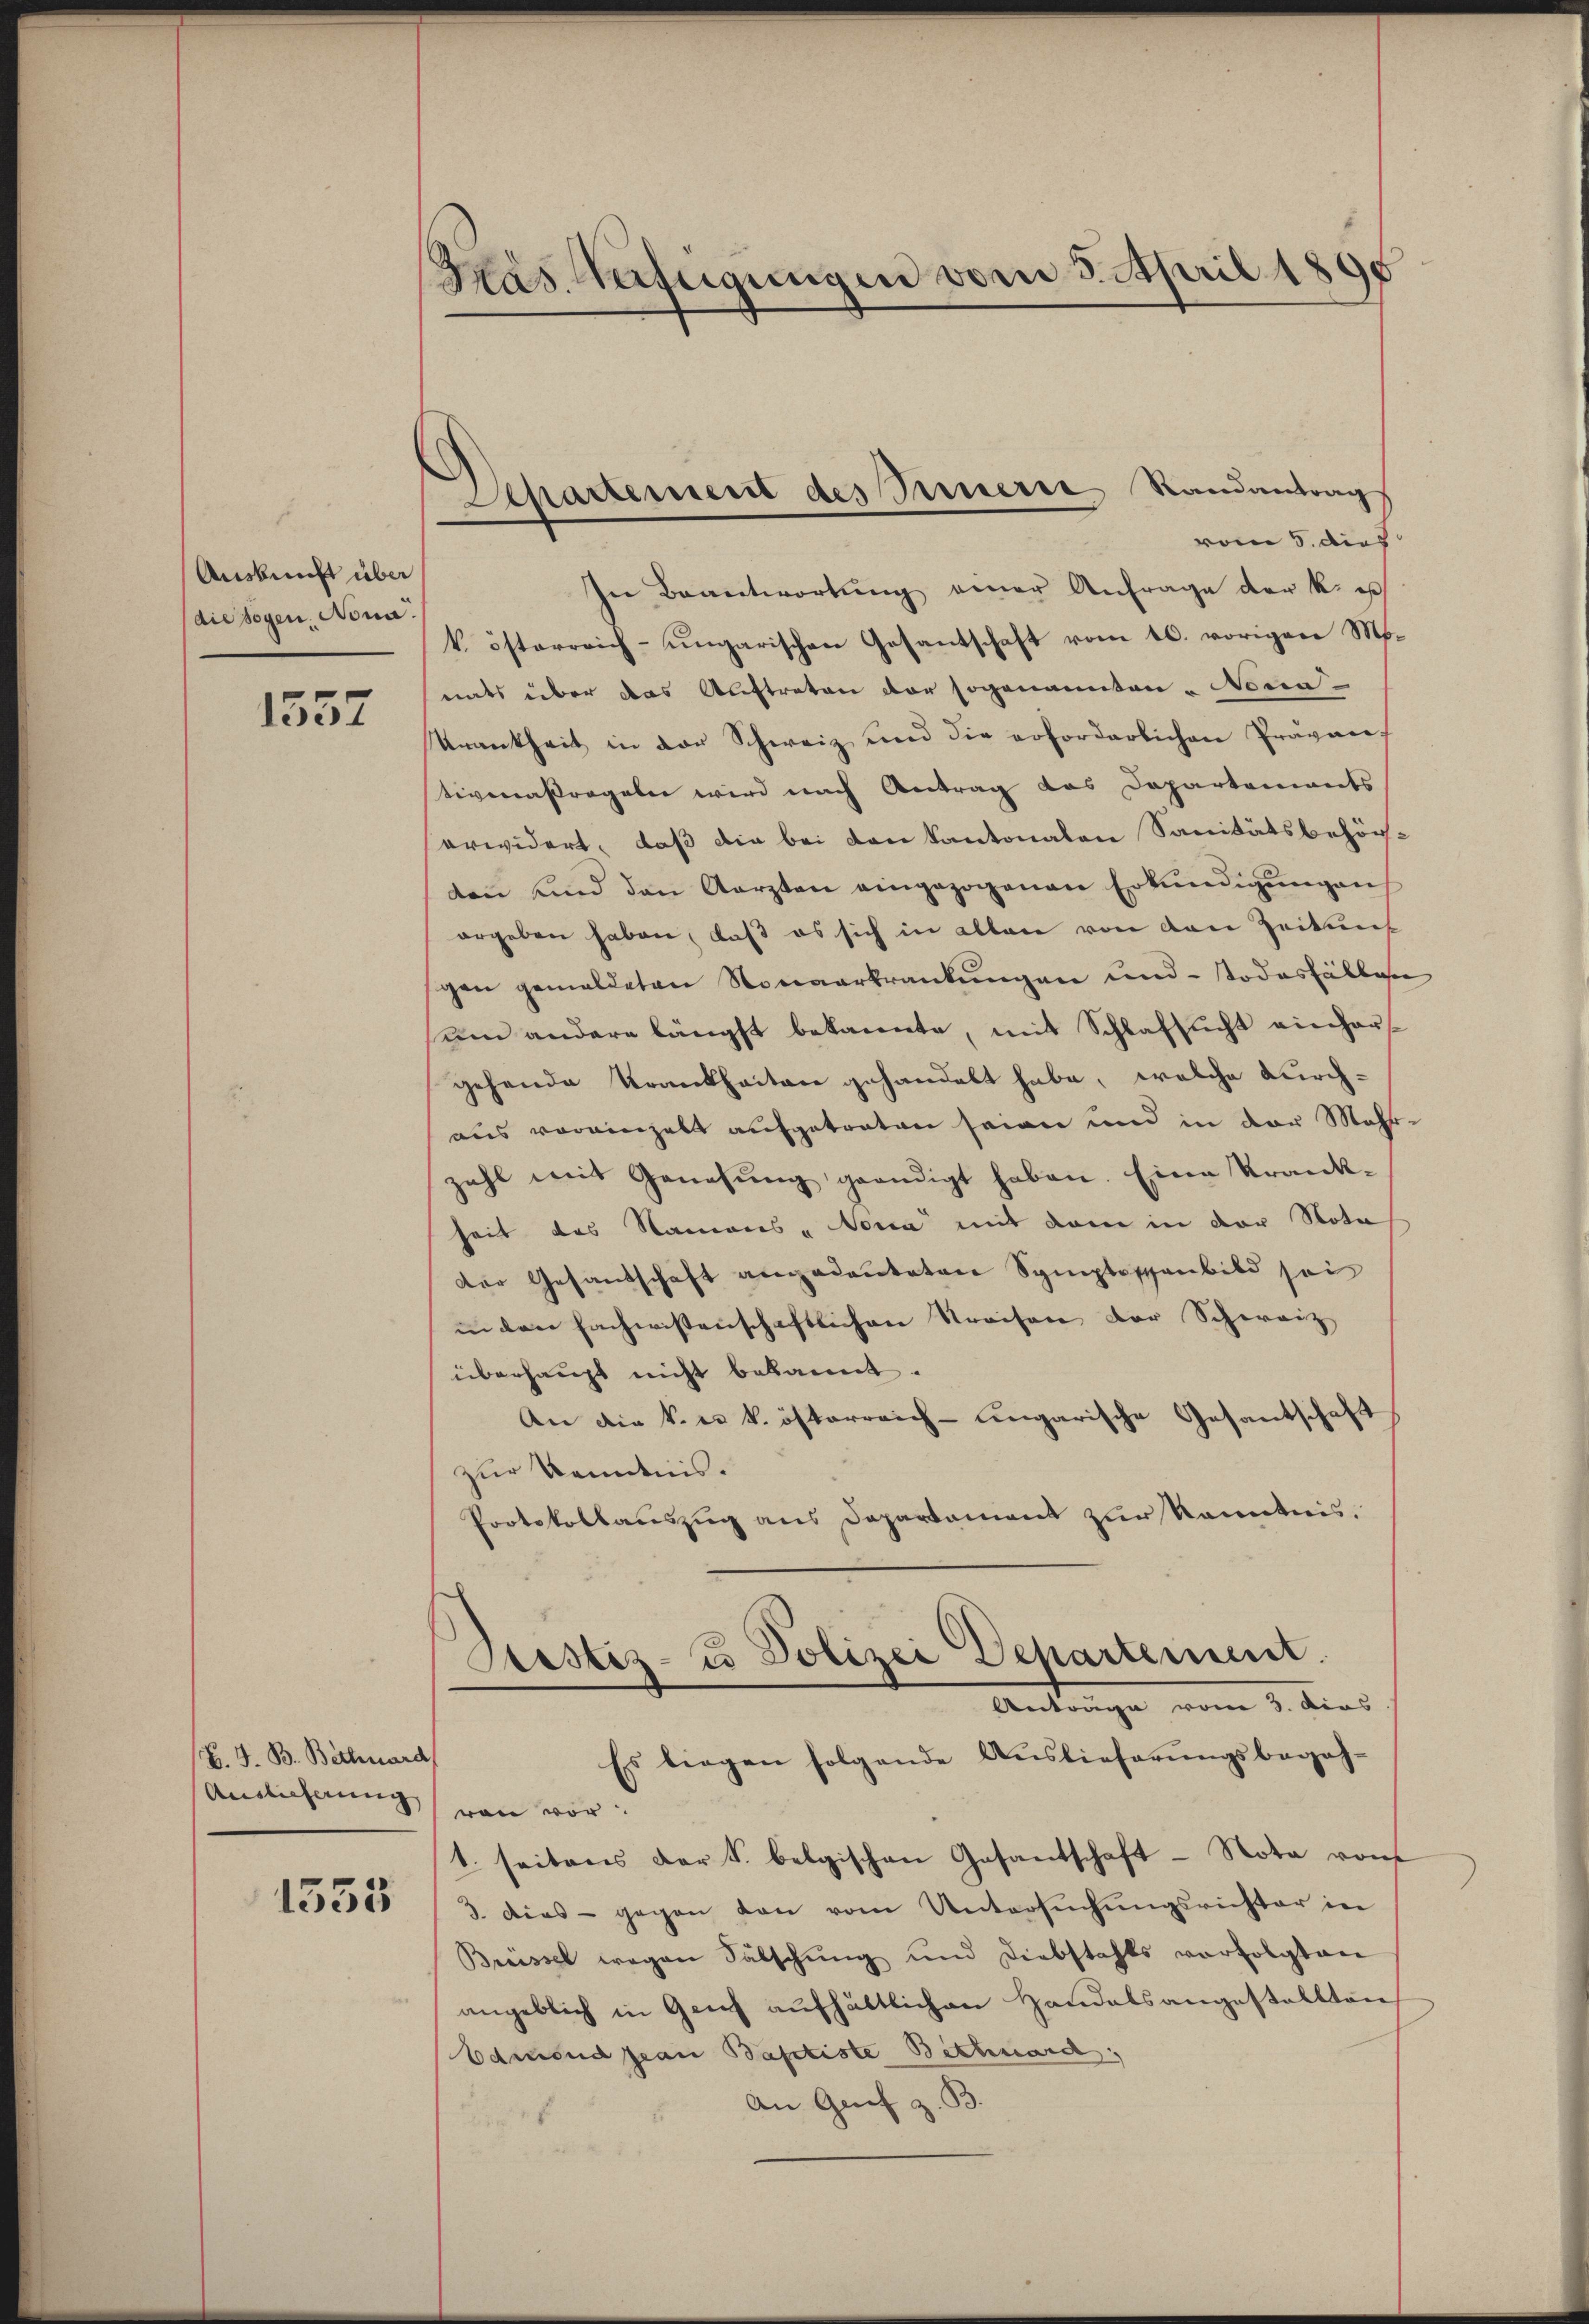
Auskunft über
die sogen. Nona.

1557

K. J. B. Bethard
Auslieferung

1555

Has. Verfügungen vom 3. April 1891

Separtement des Innern Standantrags

vom 5. dies
In Beantwortung einer Anfrage der k. u
k. österreich-ungarischen Gesantschaft vom 10. vorigen Mo-
nats über das Auftreten der sogenannten - Noca¬
Krankheit in der Schweiz und die erforderlichen Prävantivenaßregeln wird nach Antrag das Departements
erwidert, daß die bei den kantonalen Sanitätsbehörten und den Aerzten eingezogenen Erkundigungen
ergeben haben, daß es sich in allen von den Zeitung
gen gemeldeten Nonverkrankungen und Todesfällen
um andere längst bekannte, mit Schlafsŭcht einhar
gehende Krankheiten gehandelt habe, welche durchaus voreinzelt aufgetreten seien und in der Mehr-
zahl mit Genesung geendigt haben. Eine Krank-
seit das Namens - Nona mit dem in der Nota
der Gesandschaft angedeuteten Symptossenbild sei
in den Fachwistenschaftlichen Streisen der Schweiz
überhaupt nicht bekannt.
An die k. k. österreich-ungarische Gesantschaft
zur Kenntnis.
Protokollauszug aus Departement zur Kenntnis.
Aristiz- u Polizei Departement.
Antrage vom 9. dies
Es liegen folgende Auslieferungsbegeh-
ren vor.
1. seitens der S. belgischen Gesantschaft - Nota von
3. Dies - gegen den vom Untersuchungsrichter in
Breissel wegen Fälschŭng und Diebstahls verfolgten
angeblich in Geich aufhältlichen Handelsangestellten
Edmend pian Baptiste Bethmard:
An Grif z. B.